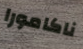
ناكامورا